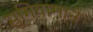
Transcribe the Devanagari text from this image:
सुगियामाने